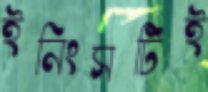
ইনিংসটিই